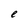
Character: e